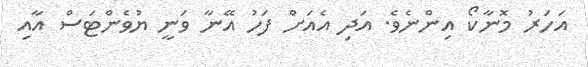
އަހަރު މޮނާކޯ އިންނެވެ. އަދި އެއަށް ފަހު އޭނާ ވަނީ ޔުވެންޓަސް އާއި